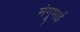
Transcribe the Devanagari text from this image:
मंगूभाई